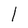
Character: l